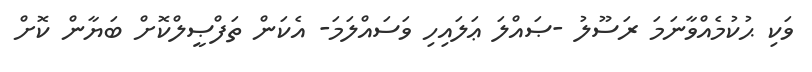
ވަކި ޙުކުމެއްވާނަމަ ރަސޫލު -ޞައްލަ ޢަލައިހި ވަސައްލަމަ- އެކަން ތަފްޞީލްކޮށް ބަޔާން ކޮށް